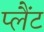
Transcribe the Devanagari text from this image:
प्लैंट